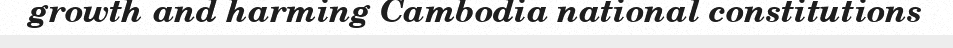
growth and harming Cambodia national constitutions